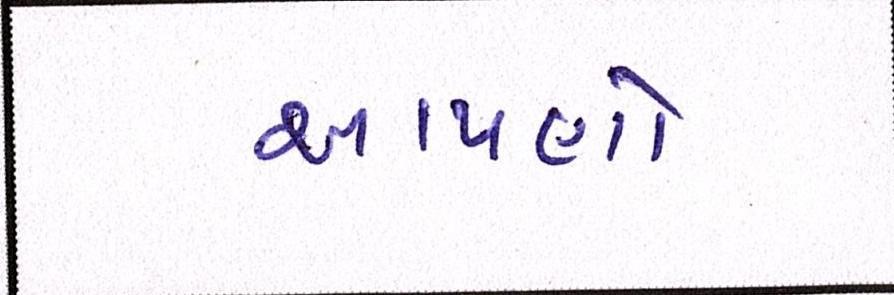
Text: આપણો